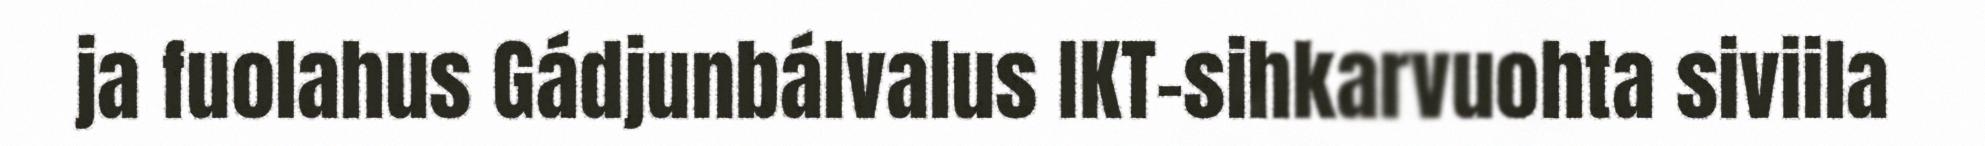
ja fuolahus Gádjunbálvalus IKT-sihkarvuohta siviila